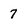
Character: 7